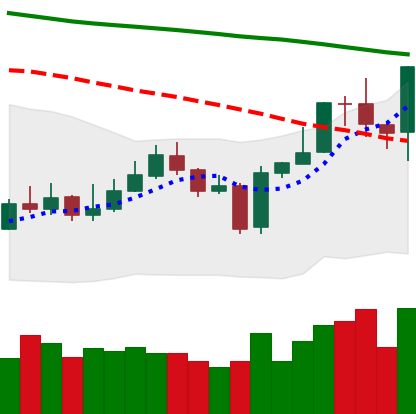
Ticker: EOS-USD
Chart end date: 2020-01-10
Forward return: 27.001%
Label: up_7plus